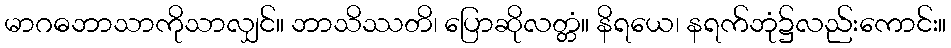
မာဂဓဘာသာကိုသာလျှင်။ ဘာသိဿတိ၊ ပြောဆိုလတ္တံ။ နိရယေ၊ နရက်ဘုံ၌လည်းကောင်း။